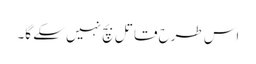
اس طرح قاتل بچ نہیں سکے گا۔